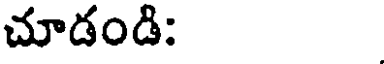
చూడండి: